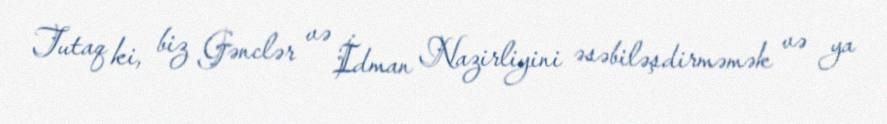
Tutaq ki, biz Gənclər və İdman Nazirliyini əsəbiləşdirməmək və ya